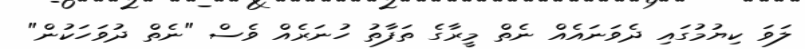
ލަވަ ކިޔުމުގައި ދެވަނައެއް ނެތް މީރާގެ ތަފާތު ހުނަރެއް ވެސް "ނެތް ދުވަހަކުން"